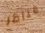
مناظر